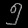
Digit: ၅